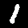
Digit: 1